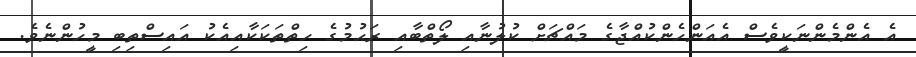
އެ އެންމެންނަކީވެސް އެއަންހެންކުއްޖާގެ މައްޗަށް ކުލުނާއި ލޯތްބާއި ރަޙުމުގެ ހިތްތަކަކާއިއެކު އައިސްތިބި މީހުންނެވެ.